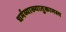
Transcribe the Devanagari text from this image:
धर्मव्याख्यातुकामस्य